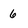
Character: 6